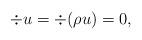
LaTeX: \begin{align*}\div u = \div (\rho u) = 0,\end{align*}